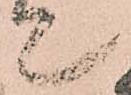
て